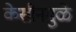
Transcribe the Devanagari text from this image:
केसीनमुळे